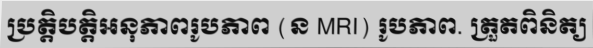
ប្រត្តិបត្តិអនុភាពរូបភាព (ន MRI) រូបភាព. ត្រួតពិនិត្យ